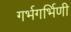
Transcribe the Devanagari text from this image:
गर्भगर्भिणी